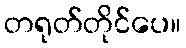
တရုတ်တိုင်ပေ။